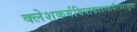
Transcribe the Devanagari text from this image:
क्लेशकर्मविपाकाराशयैरपरामृष्टः